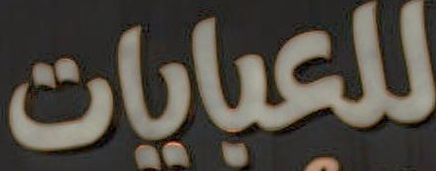
للعبايات